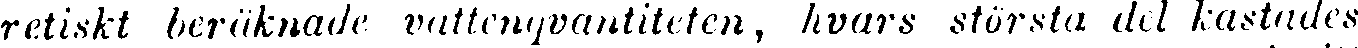
retiskt beräknade vattenqvantiteten, hvars största del kastades